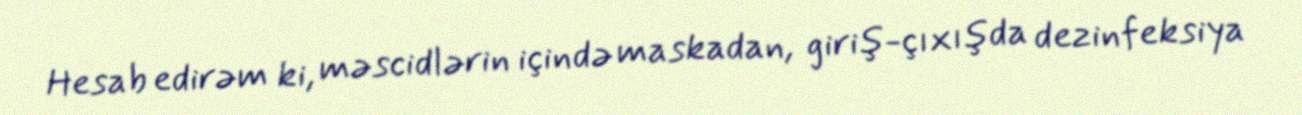
Hesab edirəm ki, məscidlərin içində maskadan, giriş-çıxışda dezinfeksiya